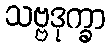
သဗ္ဗဒုက္ခာ